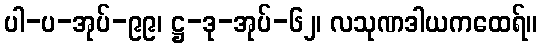
ပါ-ပ-အုပ်-၉၉၊ ဋ္ဌ-ဒု-အုပ်-၆၂၊ လသုဏဒါယကထေရ်။